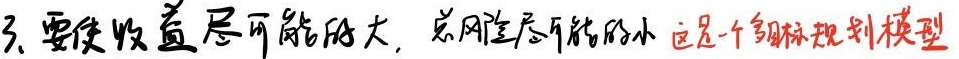
3. 要使收益尽可能的大，总风险尽可能的小，这是一个多目标规划模型